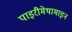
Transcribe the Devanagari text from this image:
पाइरीमेथामाइन